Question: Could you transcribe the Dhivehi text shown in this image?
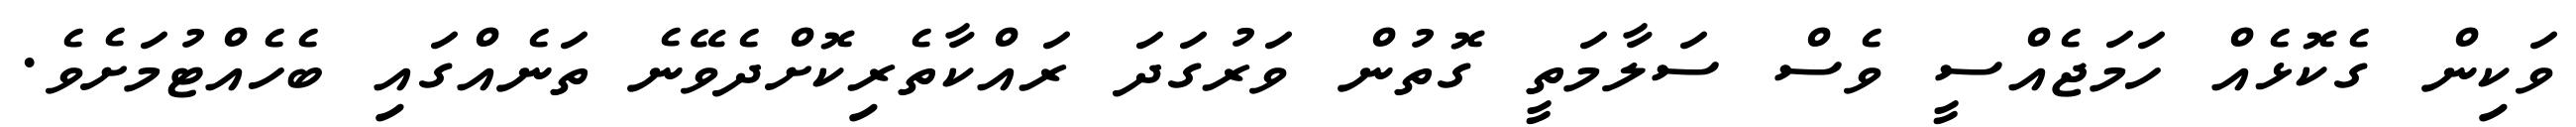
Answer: ވަކިން ގެކޮޅެއް ހަމަޖެއްސީ ވެސް ސަލާމަތީ ގޮތުން ވަރުގަދަ ރައްކާތެރިކޮށްދެވޭނެ ތަނެއްގައި ބެހެއްޓުމަށެވެ.